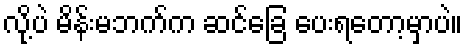
လို့ပဲ မိန်းမဘက်က ဆင်ခြေ ပေးရတော့မှာပဲ။